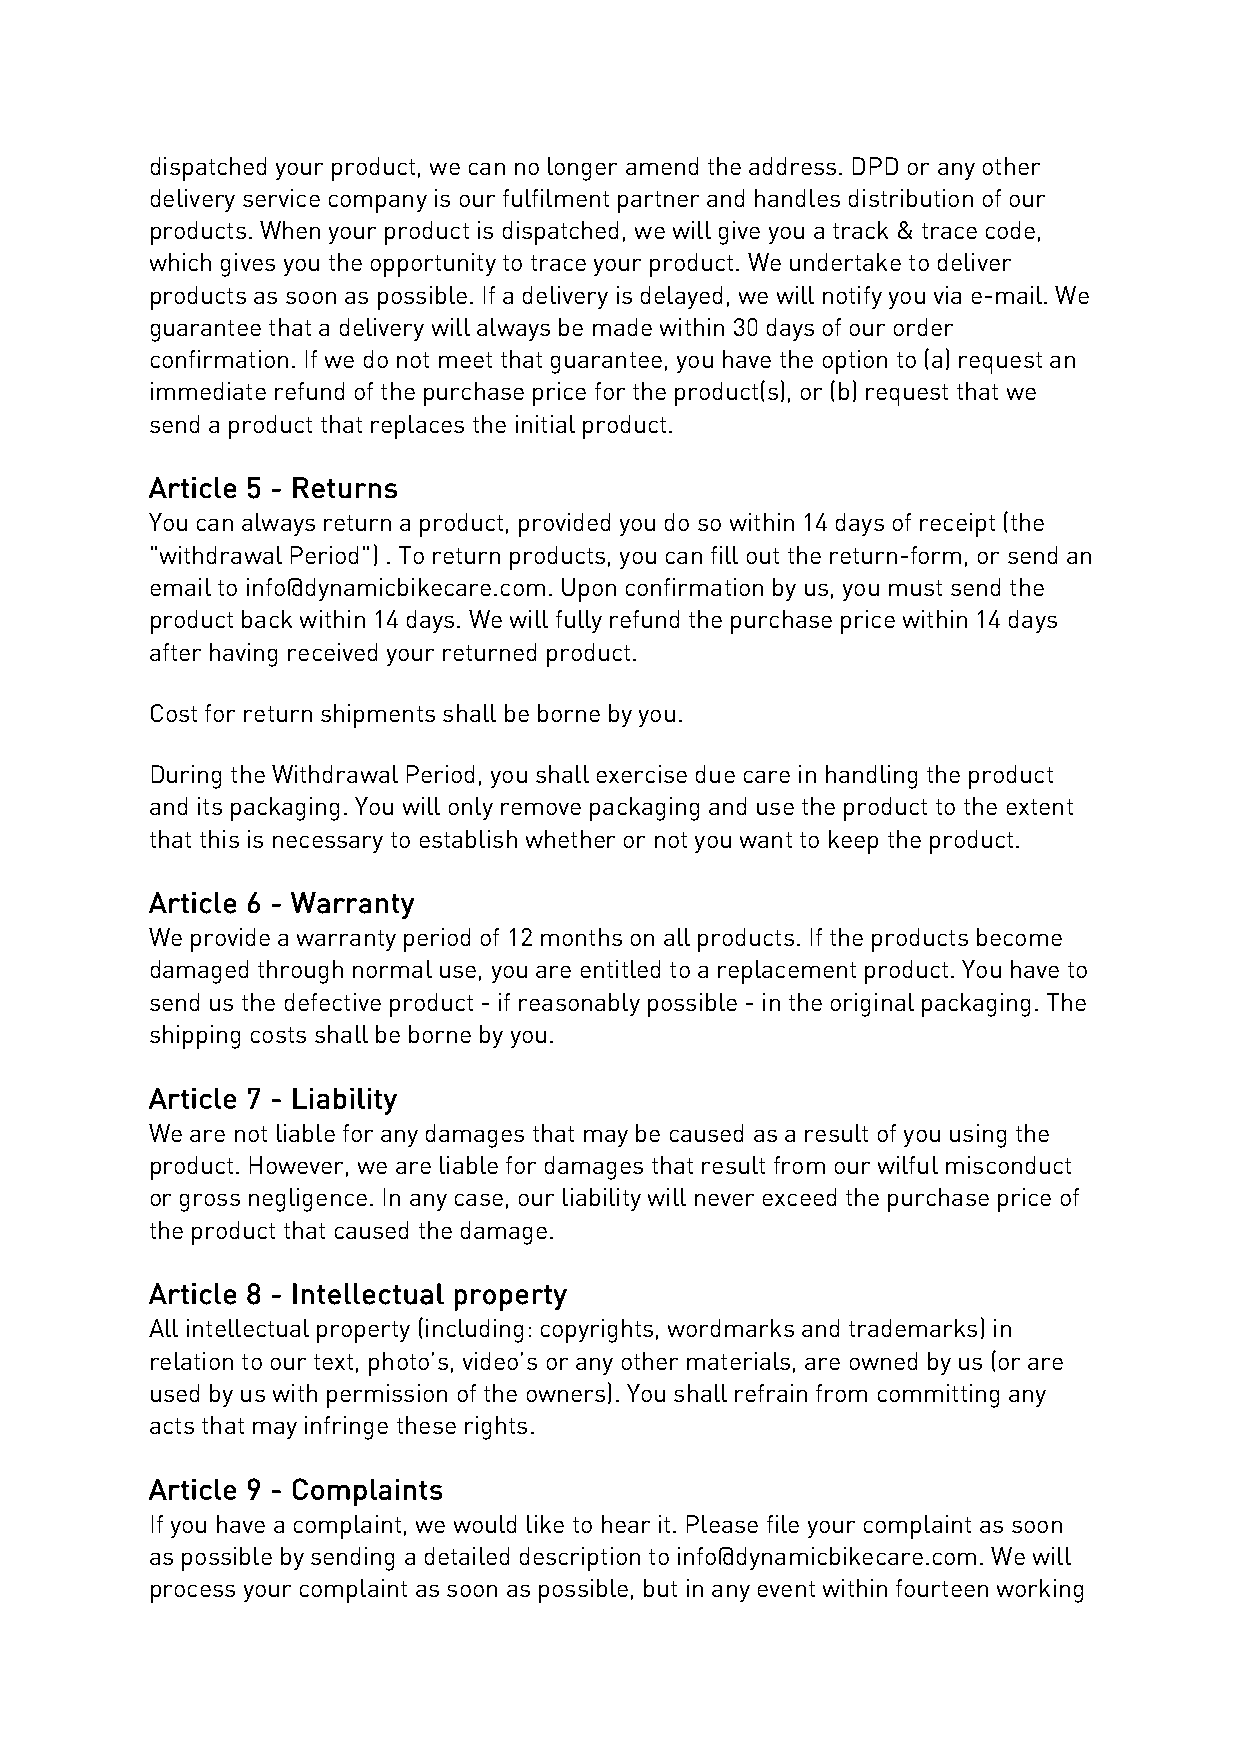
dispatched your product, we can no longer amend the address. DPD or any other
 delivery service company is our fulfilment partner and handles distribution of our
 products. When your product is dispatched, we will give you a track & trace code,
 which gives you the opportunity to trace your product. We undertake to deliver
 products as soon as possible. If a delivery is delayed, we will notify you via e-mail. We
 guarantee that a delivery will always be made within 30 days of our order
 confirmation. If we do not meet that guarantee, you have the option to (a) request an
 immediate refund of the purchase price for the product(s), or (b) request that we
 send a product that replaces the initial product.
 Article 5 - Returns
 You can always return a product, provided you do so within 14 days of receipt (the
 "withdrawal Period") . To return products, you can fill out the return-form, or send an
 email to info@dynamicbikecare.com. Upon confirmation by us, you must send the
 product back within 14 days. We will fully refund the purchase price within 14 days
 after having received your returned product.
 Cost for return shipments shall be borne by you.
 During the Withdrawal Period, you shall exercise due care in handling the product
 and its packaging. You will only remove packaging and use the product to the extent
 that this is necessary to establish whether or not you want to keep the product.
 Article 6 - Warranty
 We provide a warranty period of 12 months on all products. If the products become
 damaged through normal use, you are entitled to a replacement product. You have to
 send us the defective product - if reasonably possible - in the original packaging. The
 shipping costs shall be borne by you.
 Article 7 - Liability
 We are not liable for any damages that may be caused as a result of you using the
 product. However, we are liable for damages that result from our wilful misconduct
 or gross negligence. In any case, our liability will never exceed the purchase price of
 the product that caused the damage.
 Article 8 - Intellectual property
 All intellectual property (including: copyrights, wordmarks and trademarks) in
 relation to our text, photo’s, video’s or any other materials, are owned by us (or are
 used by us with permission of the owners). You shall refrain from committing any
 acts that may infringe these rights.
 Article 9 - Complaints
 If you have a complaint, we would like to hear it. Please file your complaint as soon
 as possible by sending a detailed description to info@dynamicbikecare.com. We will
 process your complaint as soon as possible, but in any event within fourteen working